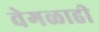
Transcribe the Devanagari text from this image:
वेगळाही